Annual statistical returns and brief notes on vaccination in Bengal - 1909-1929
Year: 1909
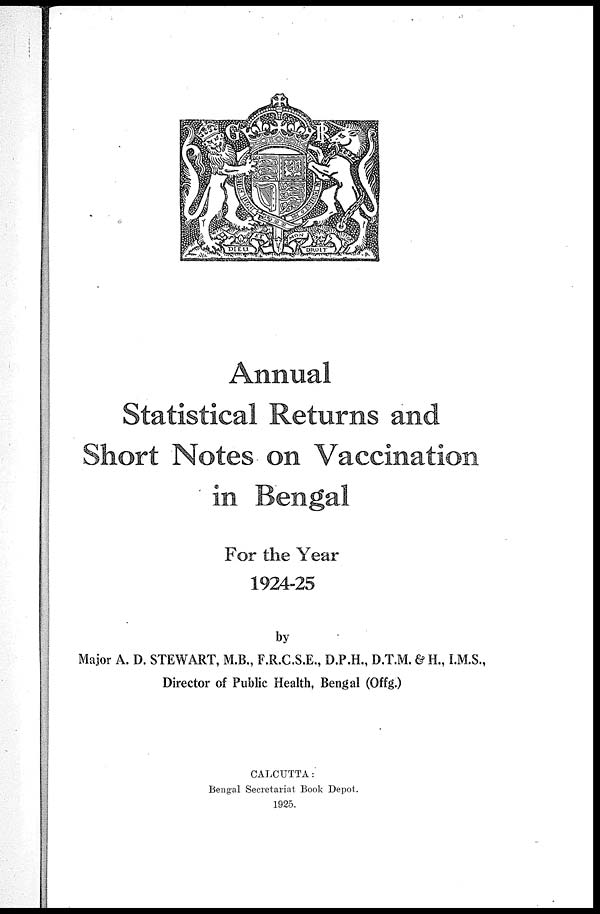
Annual
Statistical Returns and
Short Notes on Vaccination
in Bengal
For the Year
1924-25
by
Major A. D. STEWART, M.B., F.R.C.S.E., D.P.H., D.T.M. & H., I.M.S.,
Director of Public Health, Bengal (Offg.)
CALCUTTA:
Bengal Secretariat Book Depot.
1925.